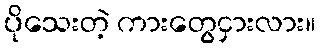
ပိုသေးတဲ့ ကားတွေငှားလား။